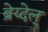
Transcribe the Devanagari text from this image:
ब्रेय्देल्